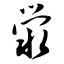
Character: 泶